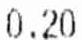
0.20